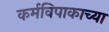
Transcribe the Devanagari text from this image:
कर्मविपाकाच्या